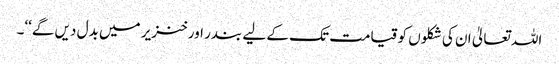
اللہ تعالیٰ ان کی شکلوں کو قیامت تک کے لیے بندر اور خنزیر میں بدل دیں گے‘‘۔